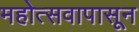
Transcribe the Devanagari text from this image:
महोत्सवापासून